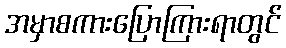
အမှာစကားပြောကြားရာတွင်